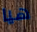
هيا